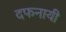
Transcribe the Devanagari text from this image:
दफनायी